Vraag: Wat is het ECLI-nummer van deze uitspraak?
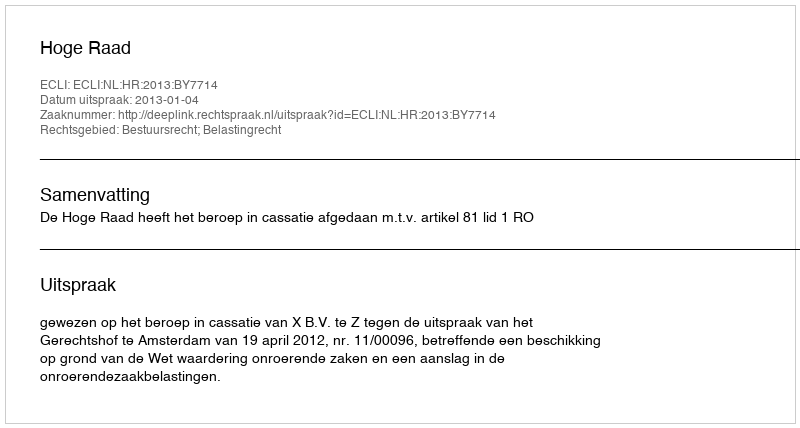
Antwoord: ECLI:NL:HR:2013:BY7714